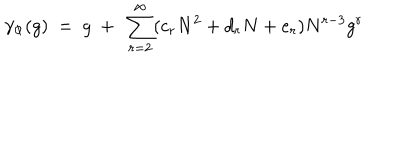
LaTeX: \gamma _ { \Phi } ( g ) ~ = ~ g ~ + ~ \sum _ { r = 2 } ^ { \infty } ( c _ { r } N ^ { 2 } + d _ { r } N + e _ { r } ) N ^ { r - 3 } g ^ { r }